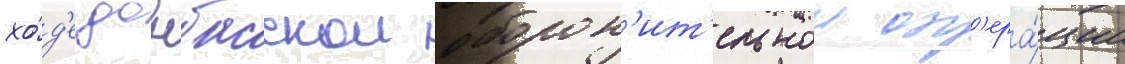
хо́д'е донбасскои оборон'ит'ельнои оп'ера́ции